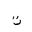
Letter: _ta